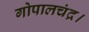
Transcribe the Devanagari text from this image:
गोपालचंद्र।